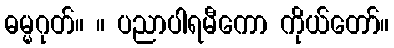
ဓမ္မဂုတ်။ ။ ပညာပါရမီကော ကိုယ်တော်။